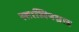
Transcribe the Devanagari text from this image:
स्तालिनग्राड